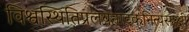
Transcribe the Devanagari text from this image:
विश्वस्थितिप्रलयनाटकनित्यसाक्षी